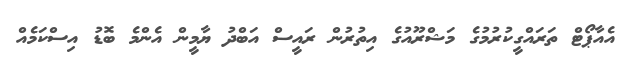
އެއާޕޯޓް ތަރައްގީކުރުމުގެ މަޝްރޫއުގެ އިތުރުން ރައީސް އަބްދު ޔާމީން އެންމެ ބޮޑު އިސްކަމެއް